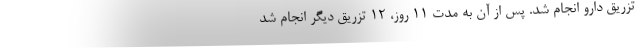
تزریق دارو انجام شد. پس از آن به مدت ۱۱ روز، ۱۲ تزریق دیگر انجام شد